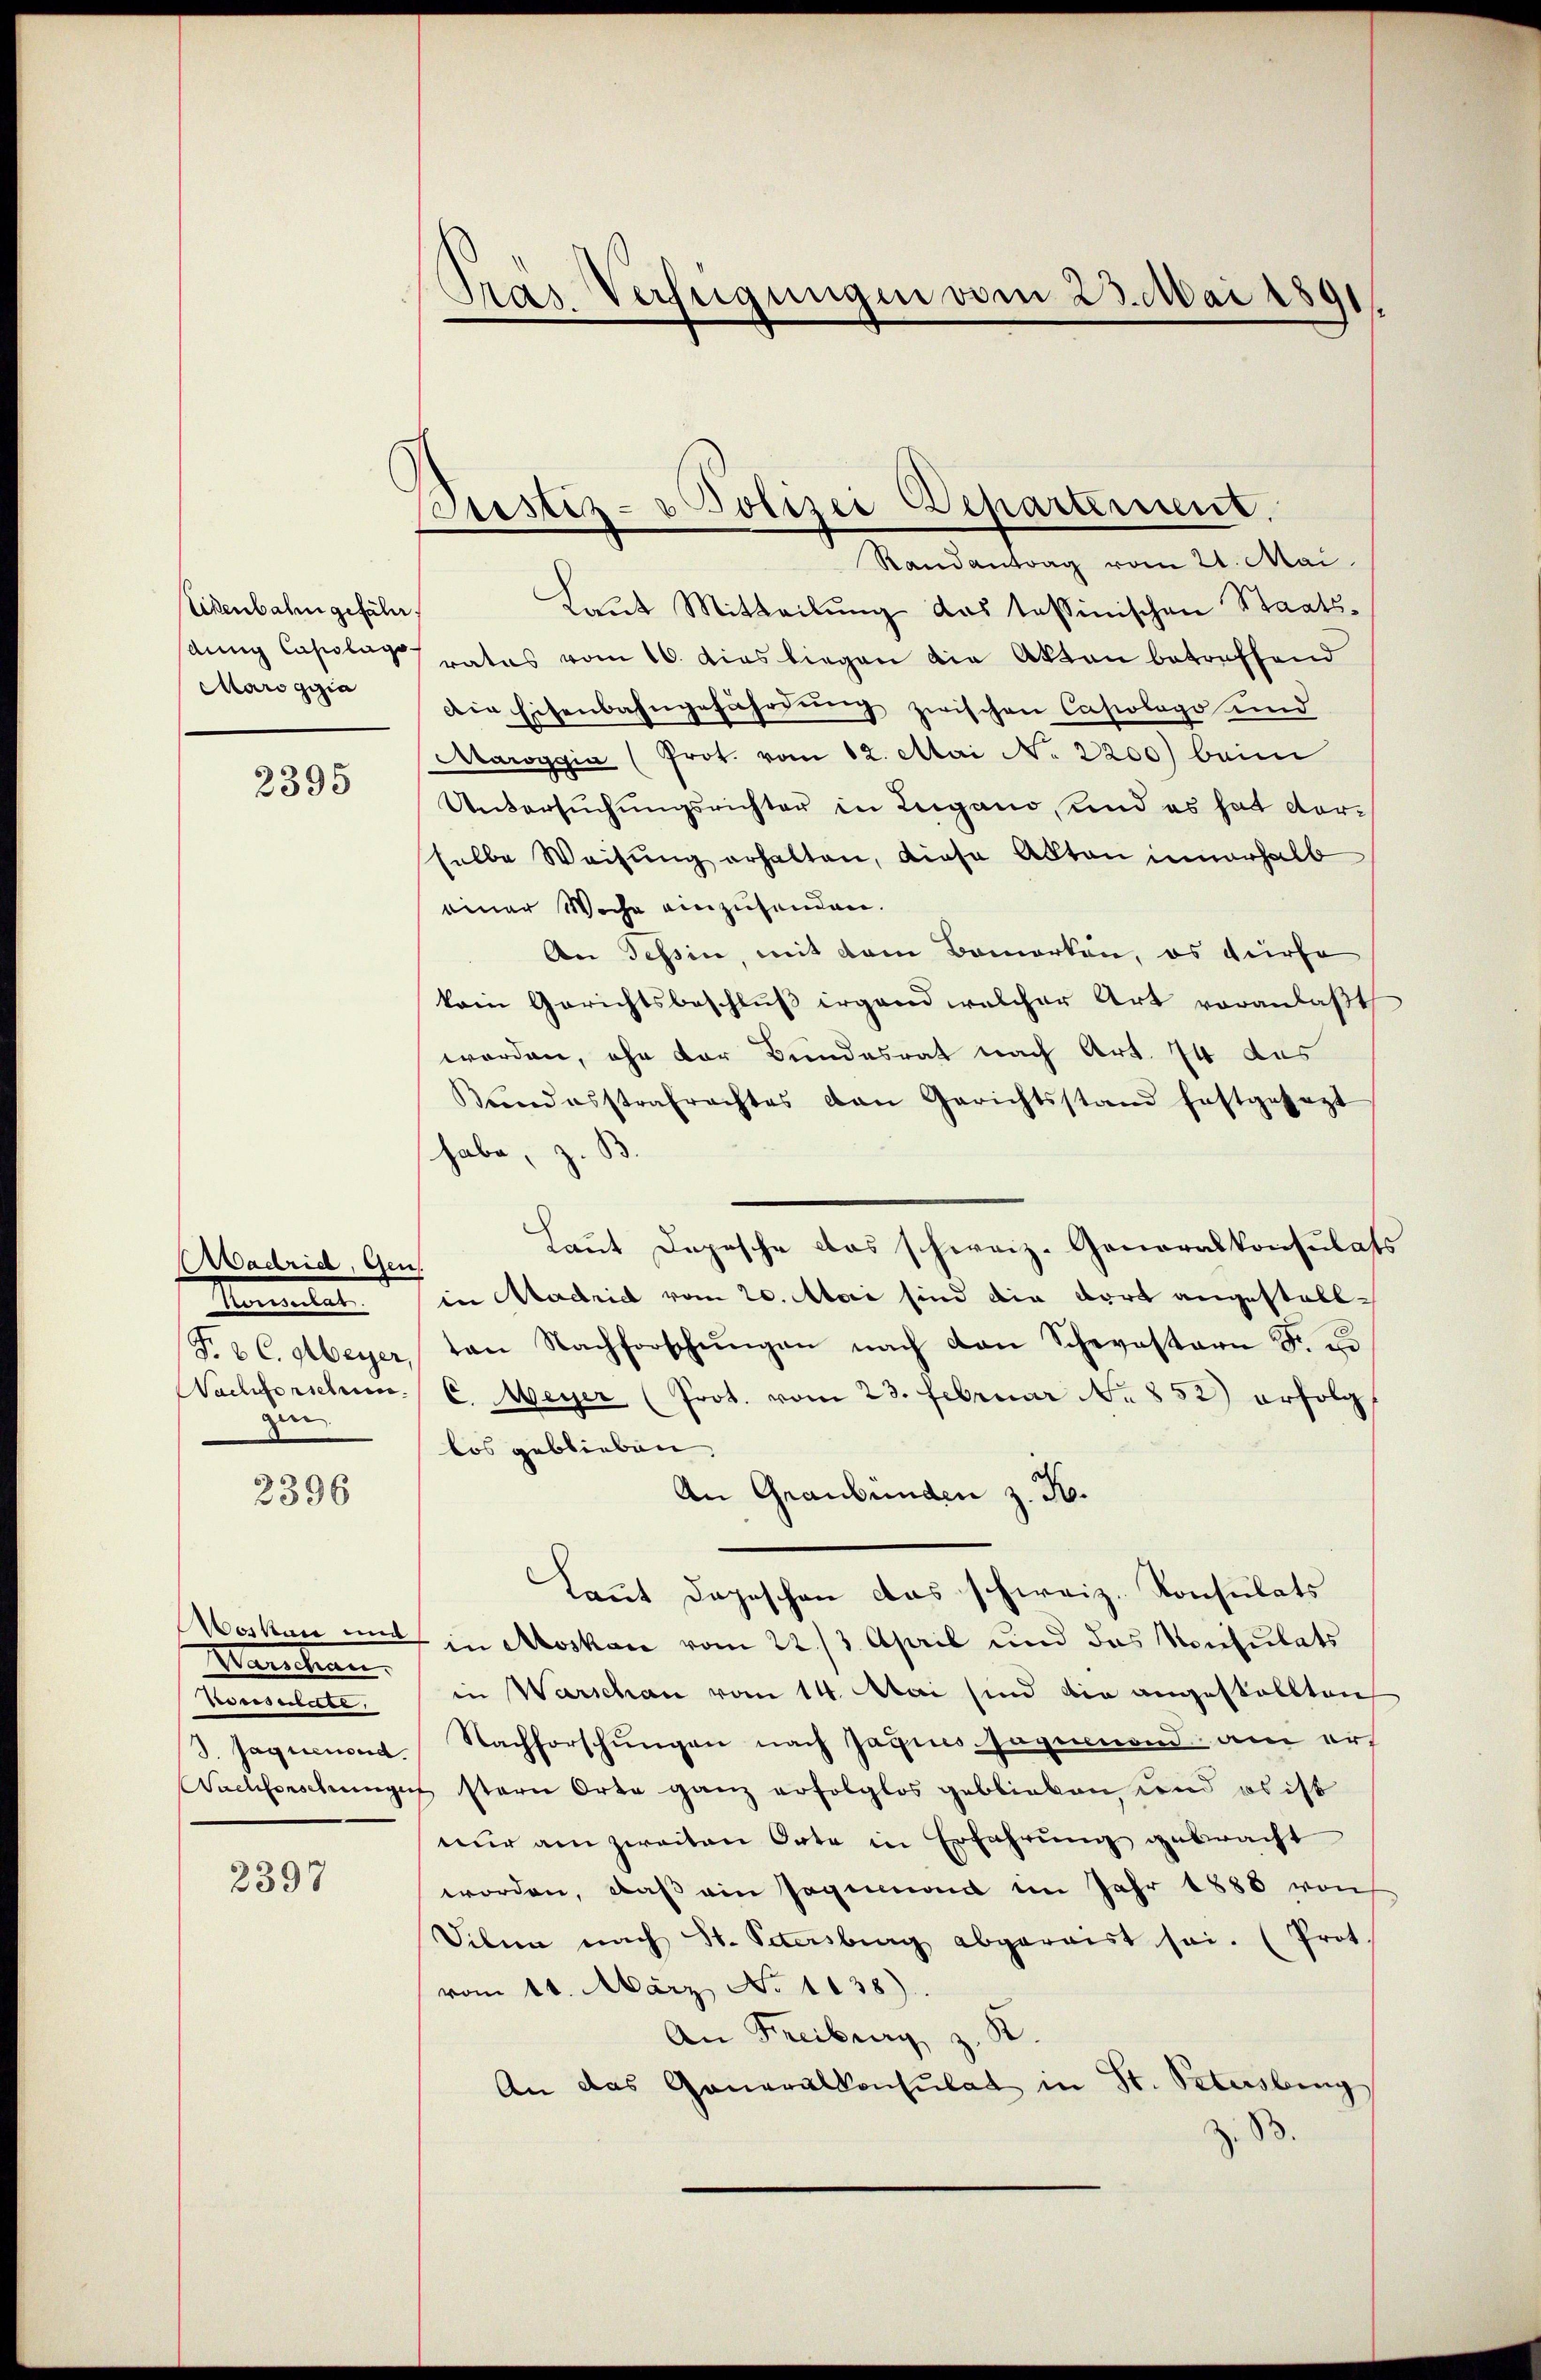
Eisenbahn gefäll
anng Casslage
Marogizia

2395

Aadrid, Gens
Namente
Fr. 2. C. Meyer,
Nachforschen
zi

2396

Woskau und
Warschan.
denn eine
3. Jaquerord.

2397

Fras Verfügungen vom 23. Mai 1891

Justiz- & Polizei Departement.

Randantrag vom 21. Mai.
Laut Mitteilung das tessinischen Staatsratus vom 16. dies liegen die Akten betreffend
Die Eisenbahngefährdung zwischen Casiologo und
Maroggia (Prot. vom 12. Mai No 2200) beim
Untersŭchŭngsrichter in Lugano, und es hat vorselbe Weisung erhalten, diese Akten innerhalb
einer Woche einzusenden.
An Tessin, mit dem Bemerken, es dürfe
kain Gerichtsbeschlŭβ irgend welcher Art veranlaβt
worden, ohn der Bundesrat nach Art. 74 das
Berodesstrafrachtes den Gerichtsstand festgesezt
habe, z. B.
Laut Depesche das schweiz. Generalkonsulats
in Madrid vom 20. Mai sind die dort angestallton Nachforschŭngen nach den Schwestern F. u.
C. Meyer (Prot. vom 23. Februar No 852) erfolgt
los geblieben
An Graubünden z. B.
Laut Depeschen das schweiz. Konsulats
in Moskau vom 22./3. April und das Konsulats
in Warschan vom 14. Mai sind die angestellten
Nachforschŭngen nach Jagins sagenend am ers
Nachforschungen stern Orte ganz erfolglos geblieben und es ist
nur am zweiten Orte in Erfahrung gebracht
worden, daβ ein Jagemeind im Jahr 1888 von
Silen nach St. Petersburg abgereist sei. (Prot.
vom 11. März No 1138).
An Freiburg z. R.
An das Generalkonsulat in St. Petersburg
B.